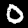
Label: 0